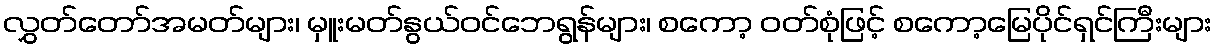
လွှတ်တော်အမတ်များ၊ မှူးမတ်နွယ်ဝင်ဘေရွန်များ၊ စကော့ ဝတ်စုံဖြင့် စကော့မြေပိုင်ရှင်ကြီးများ